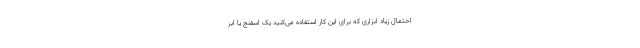
احتمال زیاد ابزاری که برای این کار استفاده می‌کنید یک اسفنج یا ابر